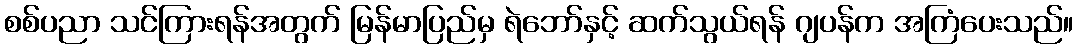
စစ်ပညာ သင်ကြားရန်အတွက် မြန်မာပြည်မှ ရဲဘော်နှင့် ဆက်သွယ်ရန် ဂျပန်က အကြံပေးသည်။